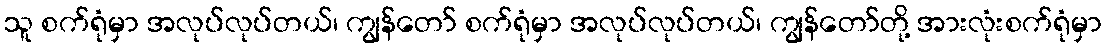
သူ စက်ရုံမှာ အလုပ်လုပ်တယ်၊ ကျွန်တော် စက်ရုံမှာ အလုပ်လုပ်တယ်၊ ကျွန်တော်တို့ အားလုံးစက်ရုံမှာ